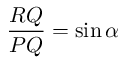
{ \frac { R Q } { P Q } } = \sin \alpha